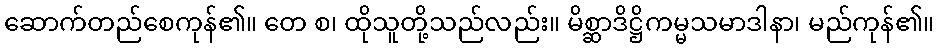
ဆောက်တည်စေကုန်၏။ တေ စ၊ ထိုသူတို့သည်လည်း။ မိစ္ဆာဒိဋ္ဌိကမ္မသမာဒါနာ၊ မည်ကုန်၏။